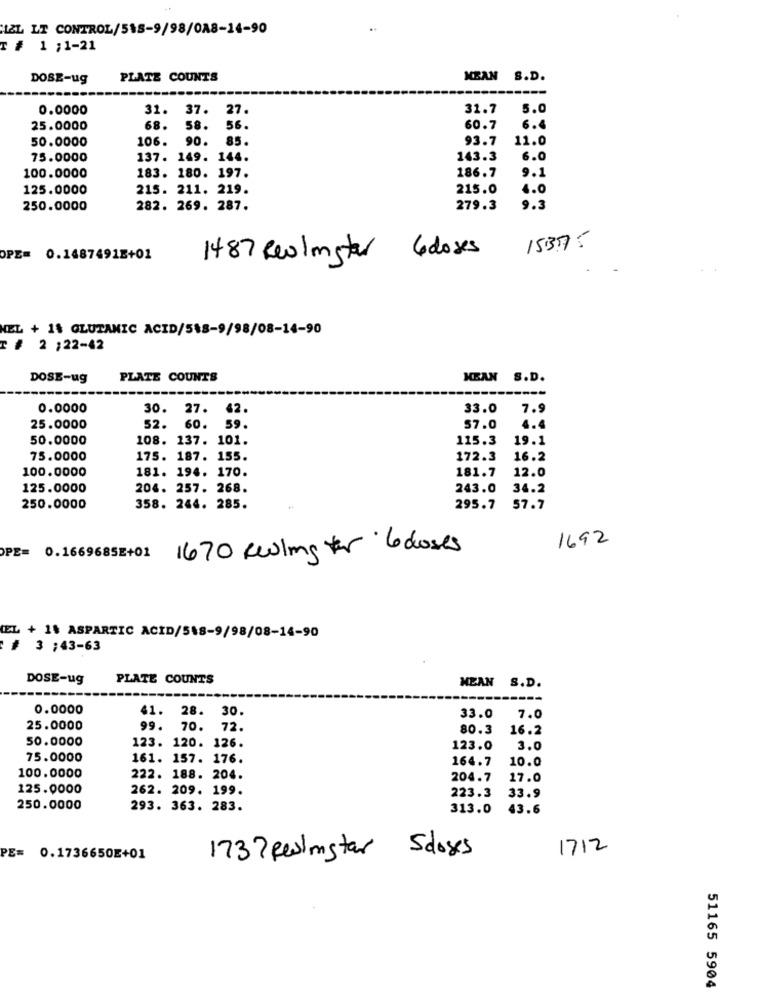
HIEL LT CONTROL/518-9/98/0A8-14-90
..
T # 1 ;1-21
DOSE-ug
PLATE COUNTS
MBAN S.D.
0.0000
31. 37.
27.
31.7
5.0
25.0000
68.
58.
56.
60.7
6.4
50.0000
106. 90. 85.
93.7
11.0
75.0000
137. 149. 144.
143.3
6.0
186.7
100.0000
183. 180. 197.
9.1
125.0000
215. 211. 219.
215.0
4.0
250.0000
282. 269. 287.
279.3
9.3
15375
OPE= 0.1487491E+01
1487 Realmster 6doses
NEL + 18 GLUTAMIC ACID/518-9/98/08-14-90
T # 2 ;22-42
DOSE-ug
PLATE COUNTS
MEAN S.D.
0.0000
30.
27.
62.
33.0
7.9
25.0000
52. 60.
59
$7.0
4.4
50.0000
108. 137. 101.
115.3
19.1
75.0000
175. 187. 155.
172.3
16.2
100.0000
181. 194. 170.
181.7
12.0
125.0000
204. 257. 268.
243.0
34.2
250.0000
358. 244. 285.
295.7
57.7
1692
1670 Feeling for 6 doses
OPE= 0.1669685E+01
EL + 18 ASPARTIC ACID/548-9/98/08-14-90
:# 3 ;43-63
DOSE-ug
PLATE COUNTS
MEAN S.D.
0.0000
41. 28. 30.
33.0
7.0
25.0000
99.
70. 72.
80.3
16.2
50.0000
123. 120. 126.
123.0
3.0
75.0000
161. 157. 176.
164.7
10.0
100.0000
222. 188. 204.
204.7
17.0
125.0000
262. 209. 199.
223.3
33.9
250.0000
293. 363. 283.
313.0
43.6
1737Resimstar 5doses
1712
PE= 0.1736650E+01
51165 5904